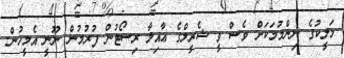
މަލީކުގެ ނިންމުމަކަށް ވެސް ވީ ޝެރީލްގެ ޢާއިލާ ރިސޯޓުން ފުރުމުން ނޫނީ އެމީހުން